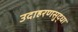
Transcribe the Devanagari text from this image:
उदाहरणसुद्धा